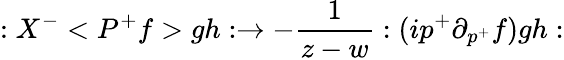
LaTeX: :X^{-}<P^{+}f>gh:\rightarrow-\frac 1{z-w}:(ip^{+}\partial_{p^{+}}f)gh: